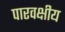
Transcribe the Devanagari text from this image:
पारवक्षीय